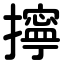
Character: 擰